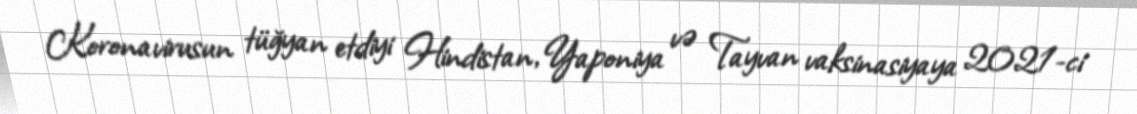
Koronavirusun tüğyan etdiyi Hindistan, Yaponiya və Tayvan vaksinasiyaya 2021-ci